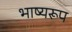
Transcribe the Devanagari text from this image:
भाष्यरूप